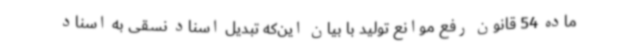
ماده 54 قانون رفع موانع تولید با بیان این‌که تبدیل اسناد نسقی به اسناد